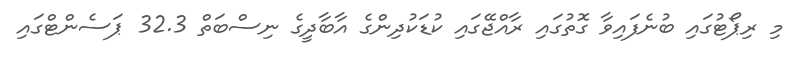
މި ރިޕޯޓުގައި ބުނެފައިވާ ގޮތުގައި ރާއްޖޭގައި ކުޑަކުދިންގެ އާބާދީގެ ނިސްބަތް 32.3 ޕަސެންޓްގައި